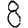
Digit: 8